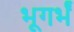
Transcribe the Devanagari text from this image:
भूगर्भं